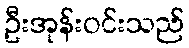
ဦးအုန်းဝင်းသည်